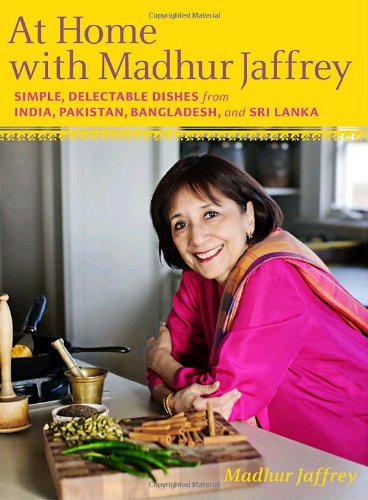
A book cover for At Home with Madhur Jaffrey: Simple, Delectable Dishes from India, Pakistan, Bangladesh, and Sri Lanka; Madhur Jaffrey; Cookbooks, Food & Wine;